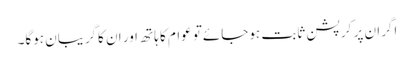
اگران پر کرپشن ثابت ہوجائےتو عوام کا ہاتھ اور ان کاگریبان ہوگا۔